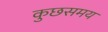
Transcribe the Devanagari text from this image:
कुछसमय